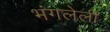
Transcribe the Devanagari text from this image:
भंगलेली